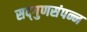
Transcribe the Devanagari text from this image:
सद्‌गुणसंपन्न